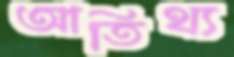
আতিথ্য